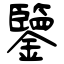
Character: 鑒